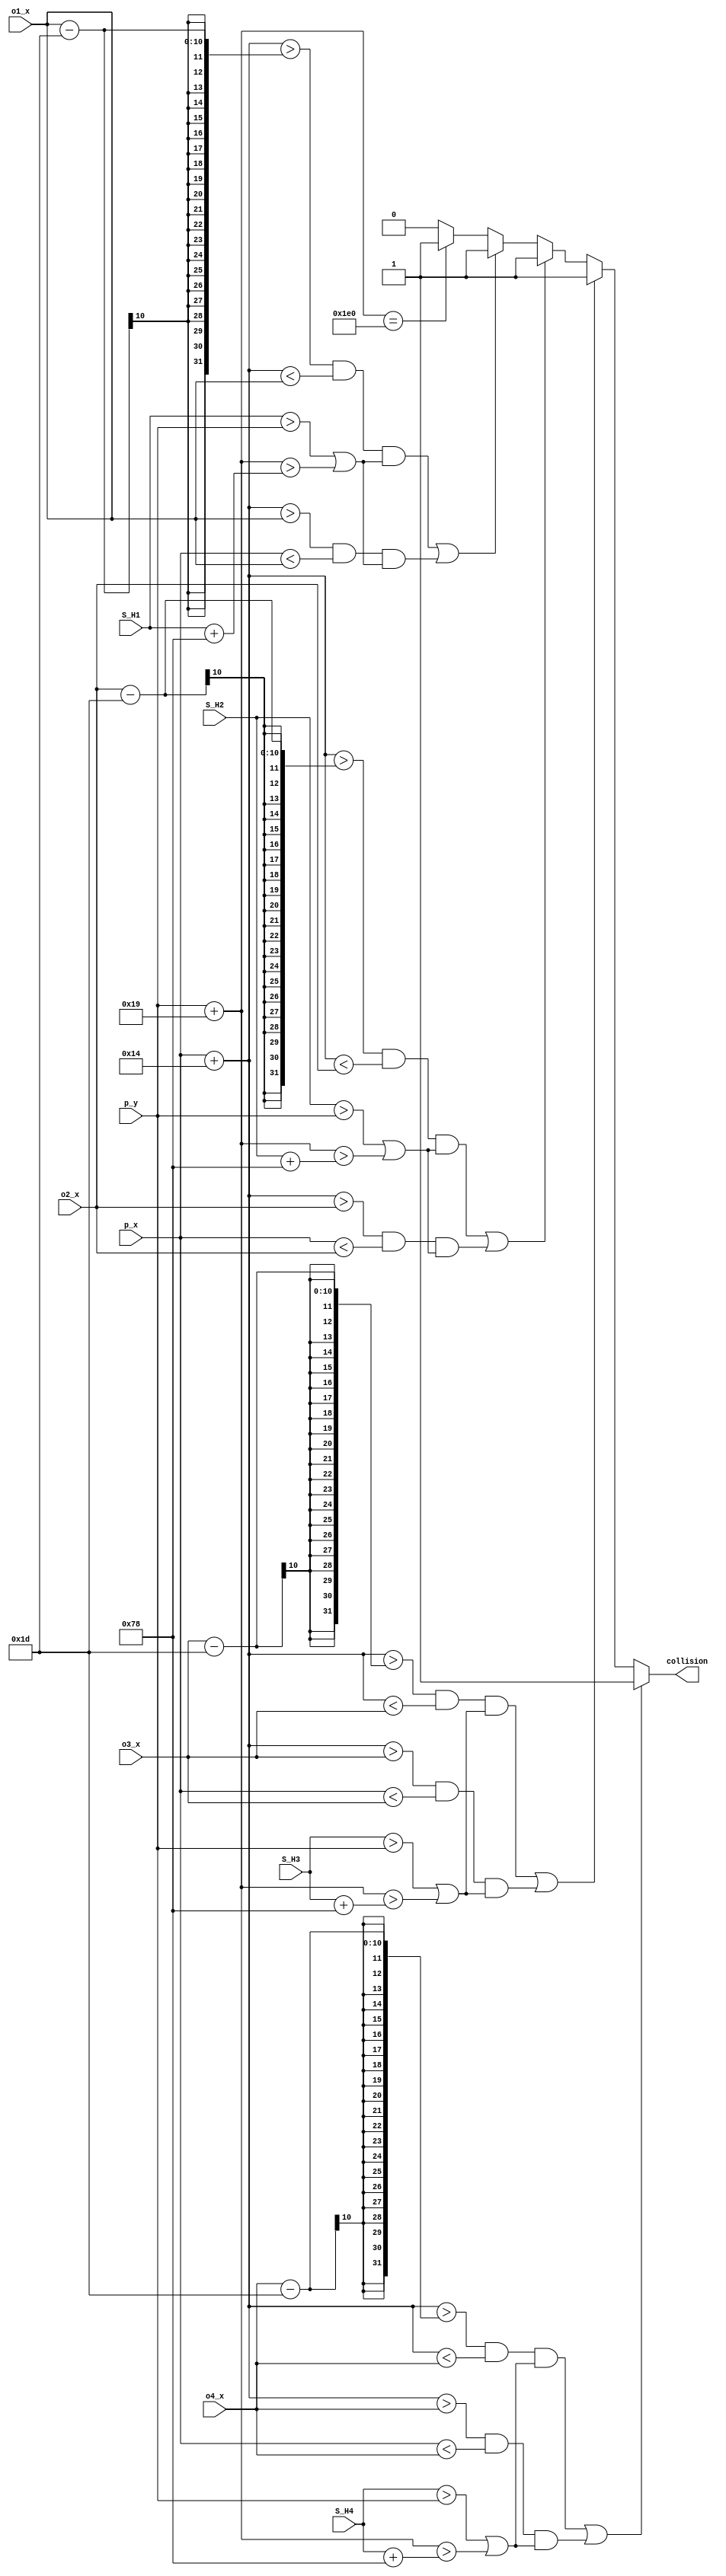
`timescale 1ns / 1ps
//////////////////////////////////////////////////////////////////////////////////
// Company: 
// Engineer: 
// 
// Design Name: 
// Module Name: collision
// Project Name: 
// Target Devices: 
// Tool Versions: 
// Description: 
// 
// Dependencies: 
// 
// Revision:
// Revision 0.01 - File Created
// Additional Comments:
// 
//////////////////////////////////////////////////////////////////////////////////


module collision(
		input wire [9:0] p_x, p_y,      // player x/y
		input wire [9:0] o1_x, S_H1,    // obstacle1 x and save zone height
		input wire [9:0] o2_x, S_H2,    // obstacle2 x and save zone height
		input wire [9:0] o3_x, S_H3,    // obstacle3 x and save zone height
		input wire [9:0] o4_x, S_H4,    // obstacle4 x and save zone height
		output wire collision           // output signal asserted when obstacle and player collide
    );
    
    // register for collision state
	reg collide;
	       
	always @ *
		begin
		      // default
		      collide = 0;
		      
		      //floor
		      if(p_y + 25 == 480)
		         collide = 1;
	
		      //obstacle1
		      if(((p_x + 20 > o1_x - 29) && ( p_x + 20 < o1_x )
		         && ( (S_H1 > p_y) || (p_y+25 > S_H1+120) ) )
		         || ( (p_x + 20 > o1_x) && (p_x < o1_x )
		         && ( (S_H1 > p_y) || (p_y+25 > S_H1+120) ) ) )
		         collide = 1;
		      
		      //obstacle2
		      if(((p_x + 20 > o2_x - 29) && ( p_x + 20 < o2_x )
		         && ( (S_H2 > p_y) || (p_y+25 > S_H2+120) ) )
		         || ( (p_x + 20 > o2_x) && (p_x  < o2_x )
		         && ( (S_H2 > p_y) || (p_y+25 > S_H2+120) ) ) )
		         collide = 1;
		         
		      //obstacle3
		      if(((p_x + 20 > o3_x - 29) && ( p_x + 20 < o3_x )
		         && ( (S_H3 > p_y) || (p_y+25 > S_H3+120) ) )
		         || ( (p_x + 20 > o3_x) && (p_x  < o3_x )
		         && ( (S_H3 > p_y) || (p_y+25 > S_H3+120) ) ) )
		         collide = 1;
		      
		      //obstacle4
		      if(((p_x + 20 > o4_x - 29) && ( p_x + 20 < o4_x )
		         && ( (S_H4 > p_y) || (p_y+25 > S_H4+120) ) )
		         || ( (p_x + 20 > o4_x) && (p_x  < o4_x )
		         && ( (S_H4 > p_y) || (p_y+25 > S_H4+120) ) ) )
		         collide = 1;     	      
		end
		
    // assert output signal
	assign collision = collide;
endmodule